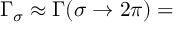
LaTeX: \Gamma _ { \sigma } \approx \Gamma ( \sigma \rightarrow 2 \pi ) =